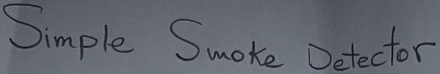
Text: Simple Smoke Detector